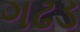
ગઢડ